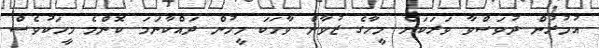
އުމުރުން ދުވަސްވާ ވަރަކަށް މީހާގެ ޒުވާން ވާހަކަ މީހުން ދައްކާނަމަ ކޮންމެ މީހަކުވެސް